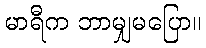
မာရီက ဘာမျှမပြော။